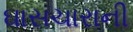
ઘાસચારાની